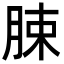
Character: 脨